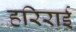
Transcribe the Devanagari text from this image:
हरिराई